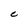
Character: C